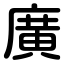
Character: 廣